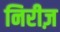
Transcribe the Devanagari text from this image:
निरीज़